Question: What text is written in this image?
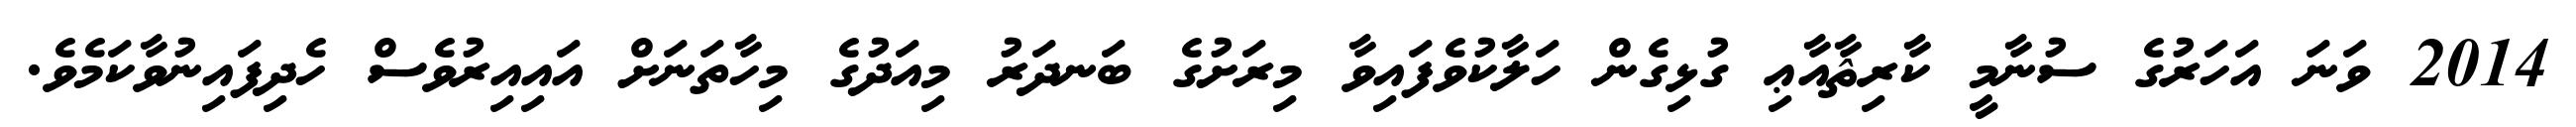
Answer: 2014 ވަނަ އަހަރުގެ ސުނާމީ ކާރިޘާއާޢި ގުޅިގެން ހަލާކުވެފައިވާ މިރަށުގެ ބަނދަރު މިއަދުގެ މިހާތަނަށް އައިއިރުވެސް ހެދިފައިނުވާކަމެވެ.